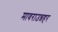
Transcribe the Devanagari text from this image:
मावराउन्नहर